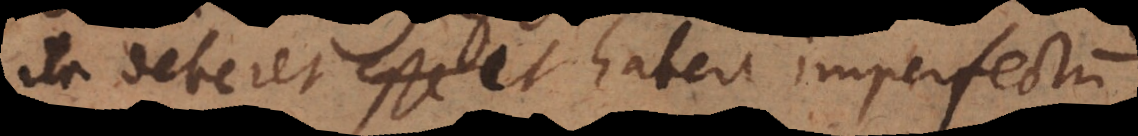
ita deberet et habere imperfectum